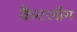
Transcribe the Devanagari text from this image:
कैटलाँग